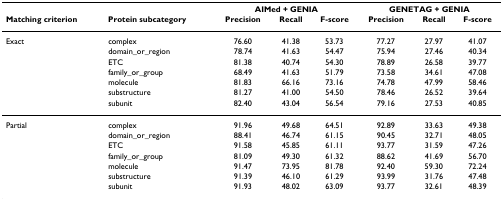
|  |  | <COLSPAN=3> AIMed + GENIA | <COLSPAN=3> GENETAG + GENIA |
 | Matching criterion | Protein subcategory | Precision | Recall | F-score | Precision | Recall | F-score |
 | --- | --- | --- | --- | --- | --- | --- | --- |
 | Exact | complex | 76.60 | 41.38 | 53.73 | 77.27 | 27.97 | 41.07 |
 |  | domain_or_region | 78.74 | 41.63 | 54.47 | 75.94 | 27.46 | 40.34 |
 |  | ETC | 81.38 | 40.74 | 54.30 | 78.89 | 26.58 | 39.77 |
 |  | family_or_group | 68.49 | 41.63 | 51.79 | 73.58 | 34.61 | 47.08 |
 |  | molecule | 81.83 | 66.16 | 73.16 | 74.78 | 47.99 | 58.46 |
 |  | substructure | 81.27 | 41.00 | 54.50 | 78.46 | 26.52 | 39.64 |
 |  | subunit | 82.40 | 43.04 | 56.54 | 79.16 | 27.53 | 40.85 |
 | Partial | complex | 91.96 | 49.68 | 64.51 | 92.89 | 33.63 | 49.38 |
 |  | domain_or_region | 88.41 | 46.74 | 61.15 | 90.45 | 32.71 | 48.05 |
 |  | ETC | 91.58 | 45.85 | 61.11 | 93.77 | 31.59 | 47.26 |
 |  | family_or_group | 81.09 | 49.30 | 61.32 | 88.62 | 41.69 | 56.70 |
 |  | molecule | 91.47 | 73.95 | 81.78 | 92.40 | 59.30 | 72.24 |
 |  | substructure | 91.39 | 46.10 | 61.29 | 93.99 | 31.76 | 47.48 |
 |  | subunit | 91.93 | 48.02 | 63.09 | 93.77 | 32.61 | 48.39 |